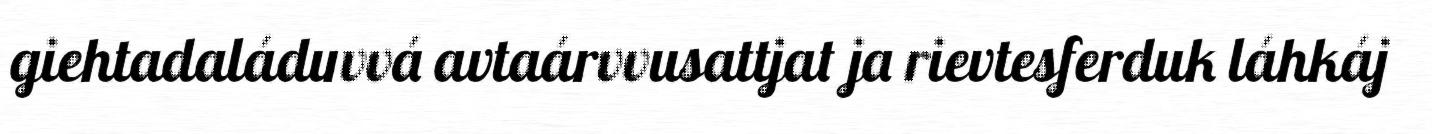
giehtadaláduvvá avtaárvvusattjat ja rievtesferduk láhkáj